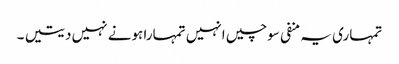
تمہاری یہ منفی سوچیں انہیں تمہارا ہونے نہیں دیتیں ۔